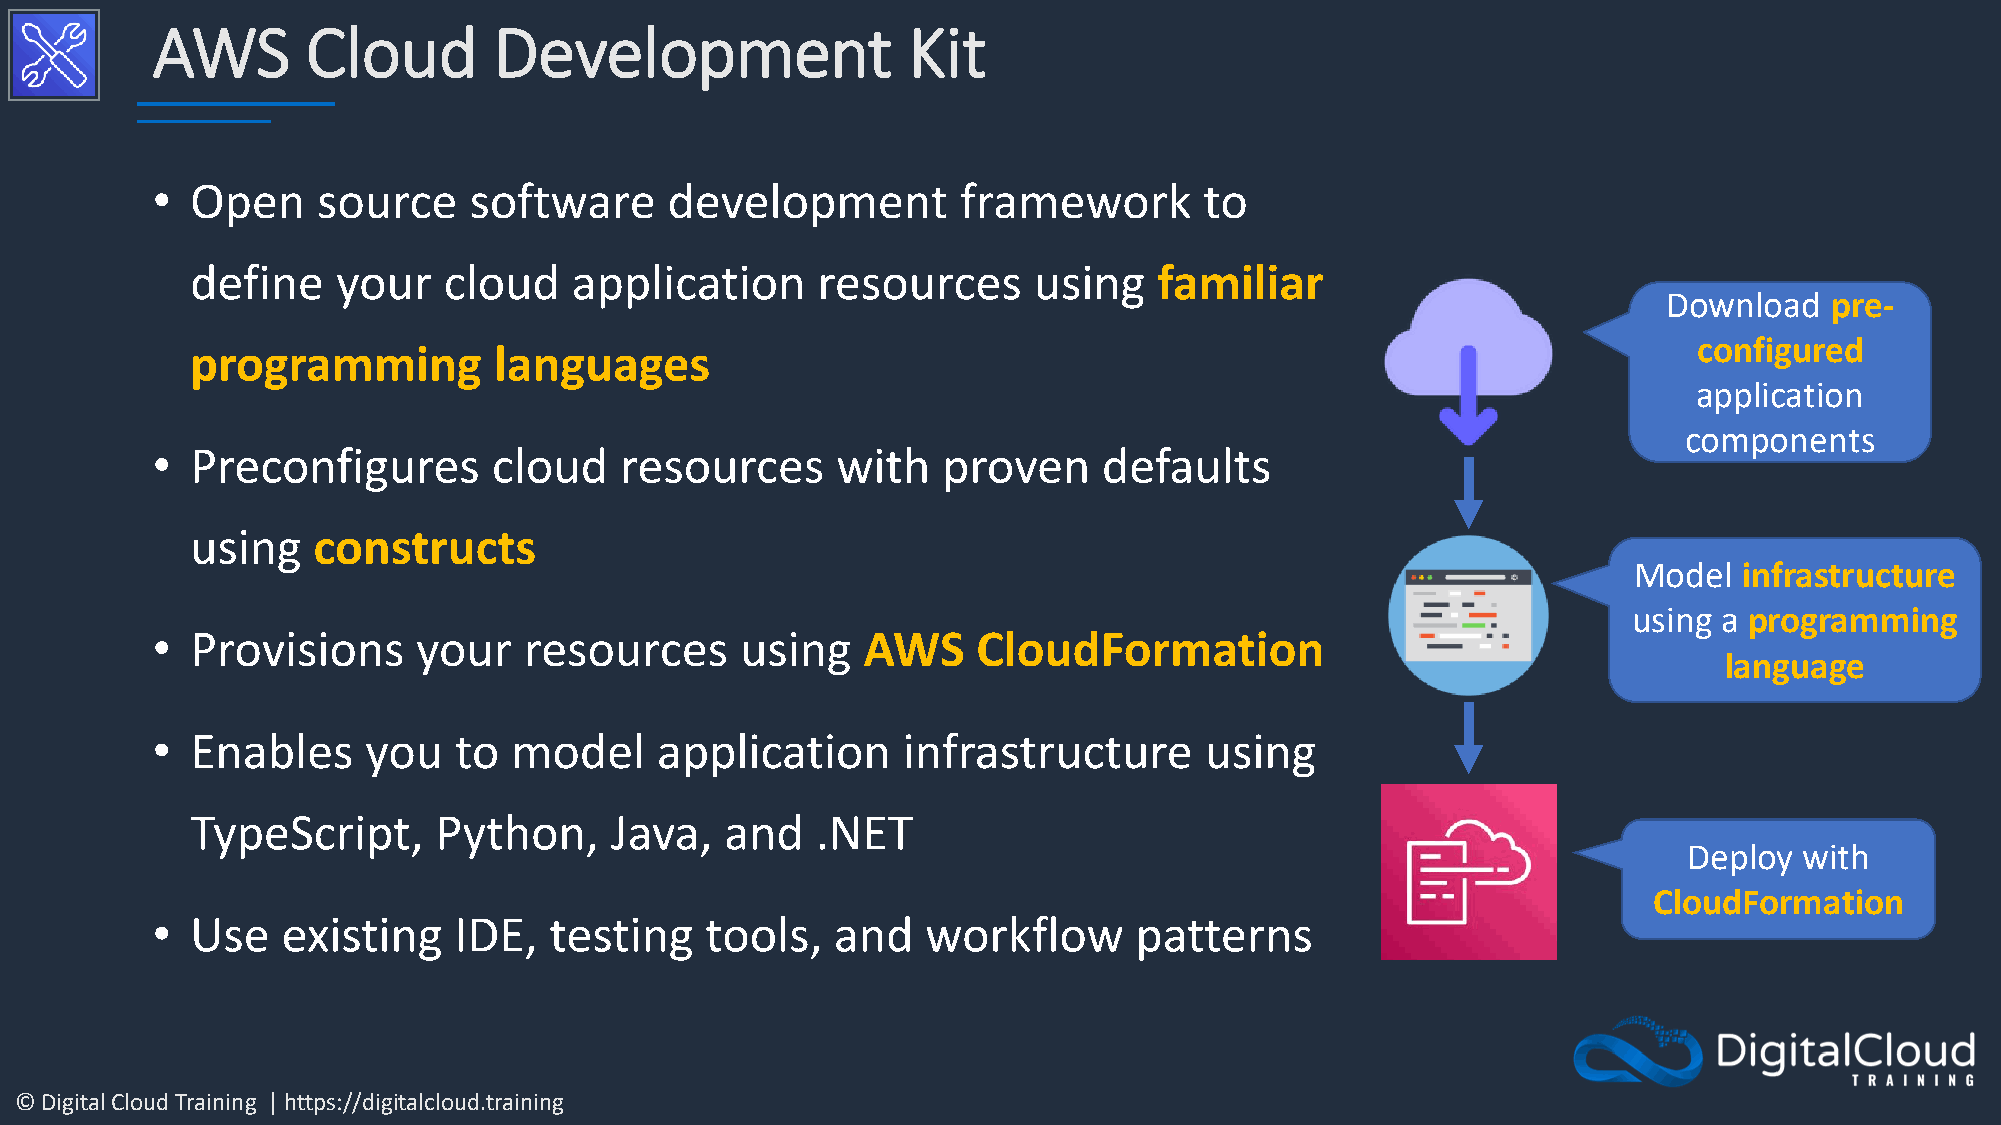
AWS       Cloud        Development                Kit
 •  Open    source    software     development         framework       to
 define   your   cloud    application     resources     using    familiar
 Download   pre-
 configured
 programming         languages
 application
 components
 •  Preconfigures       cloud   resources     with   proven     defaults
 using   constructs
 Model  infrastructure
 using a programming
 •  Provisions     your   resources     using   AWS     CloudFormation
 language
 •  Enables    you   to  model    application      infrastructure      using
 TypeScript,     Python,    Java,   and   .NET
 Deploy with
 CloudFormation
 •  Use   existing   IDE,  testing    tools,  and   workflow      patterns
 © Digital Cloud Training | https://digitalcloud.training